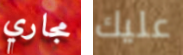
مجاري عليك